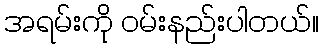
အရမ်းကို ဝမ်းနည်းပါတယ်။